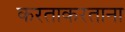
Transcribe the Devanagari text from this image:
करताकरताना